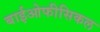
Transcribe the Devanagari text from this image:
बाईओफीसिकल